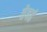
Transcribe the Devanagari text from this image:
तेवढं